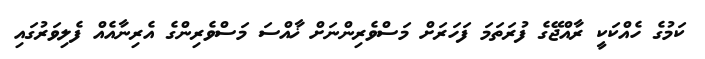
ކަމުގެ ހެއްކަކީ ރާއްޖޭގެ ފުރަތަމަ ފަހަރަށް މަސްވެރިންނަށް ޚާއްސަ މަސްވެރިންގެ އެރިނާއެއް ފެލިވަރުގައި